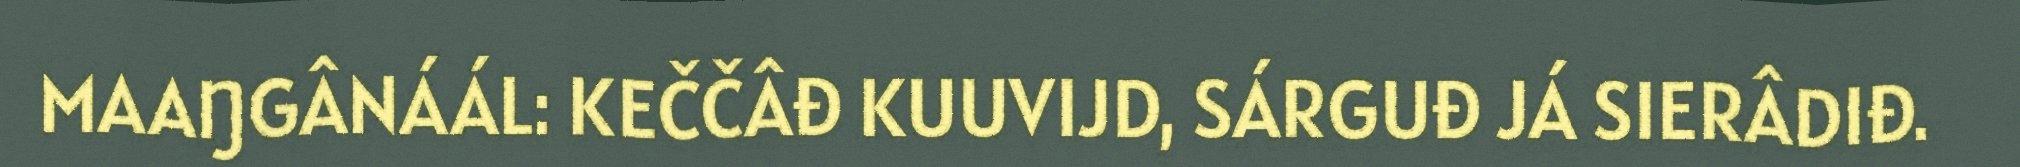
MAAŊGÂNÁÁL: KEČČÂĐ KUUVIJD, SÁRGUĐ JÁ SIERÂDIĐ.